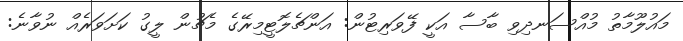
މައުލޫމާތު މުއްސަނދިވި ބާސާ އަކީ ފޭވަރިޓުން: އަންޗެލޮޓީމިރޭގެ މެޗުން ލީގު ކަށަވަރެއް ނުވާނެ: